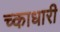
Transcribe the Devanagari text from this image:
च्काधारी